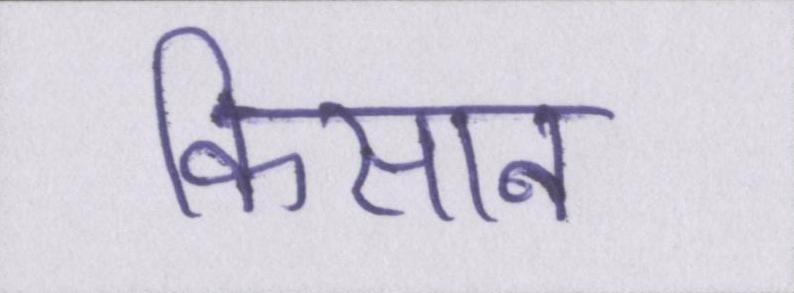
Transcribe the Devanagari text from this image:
किसान